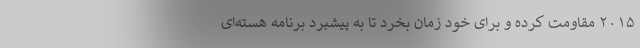
۲۰۱۵ مقاومت کرده و برای خود زمان بخرد تا به پیشبرد برنامه هسته‌ای